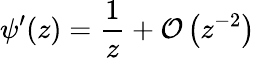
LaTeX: \psi^{\prime}(z)=\frac{1}{z}+\mathcal{O}\left(z^{-2}\right)